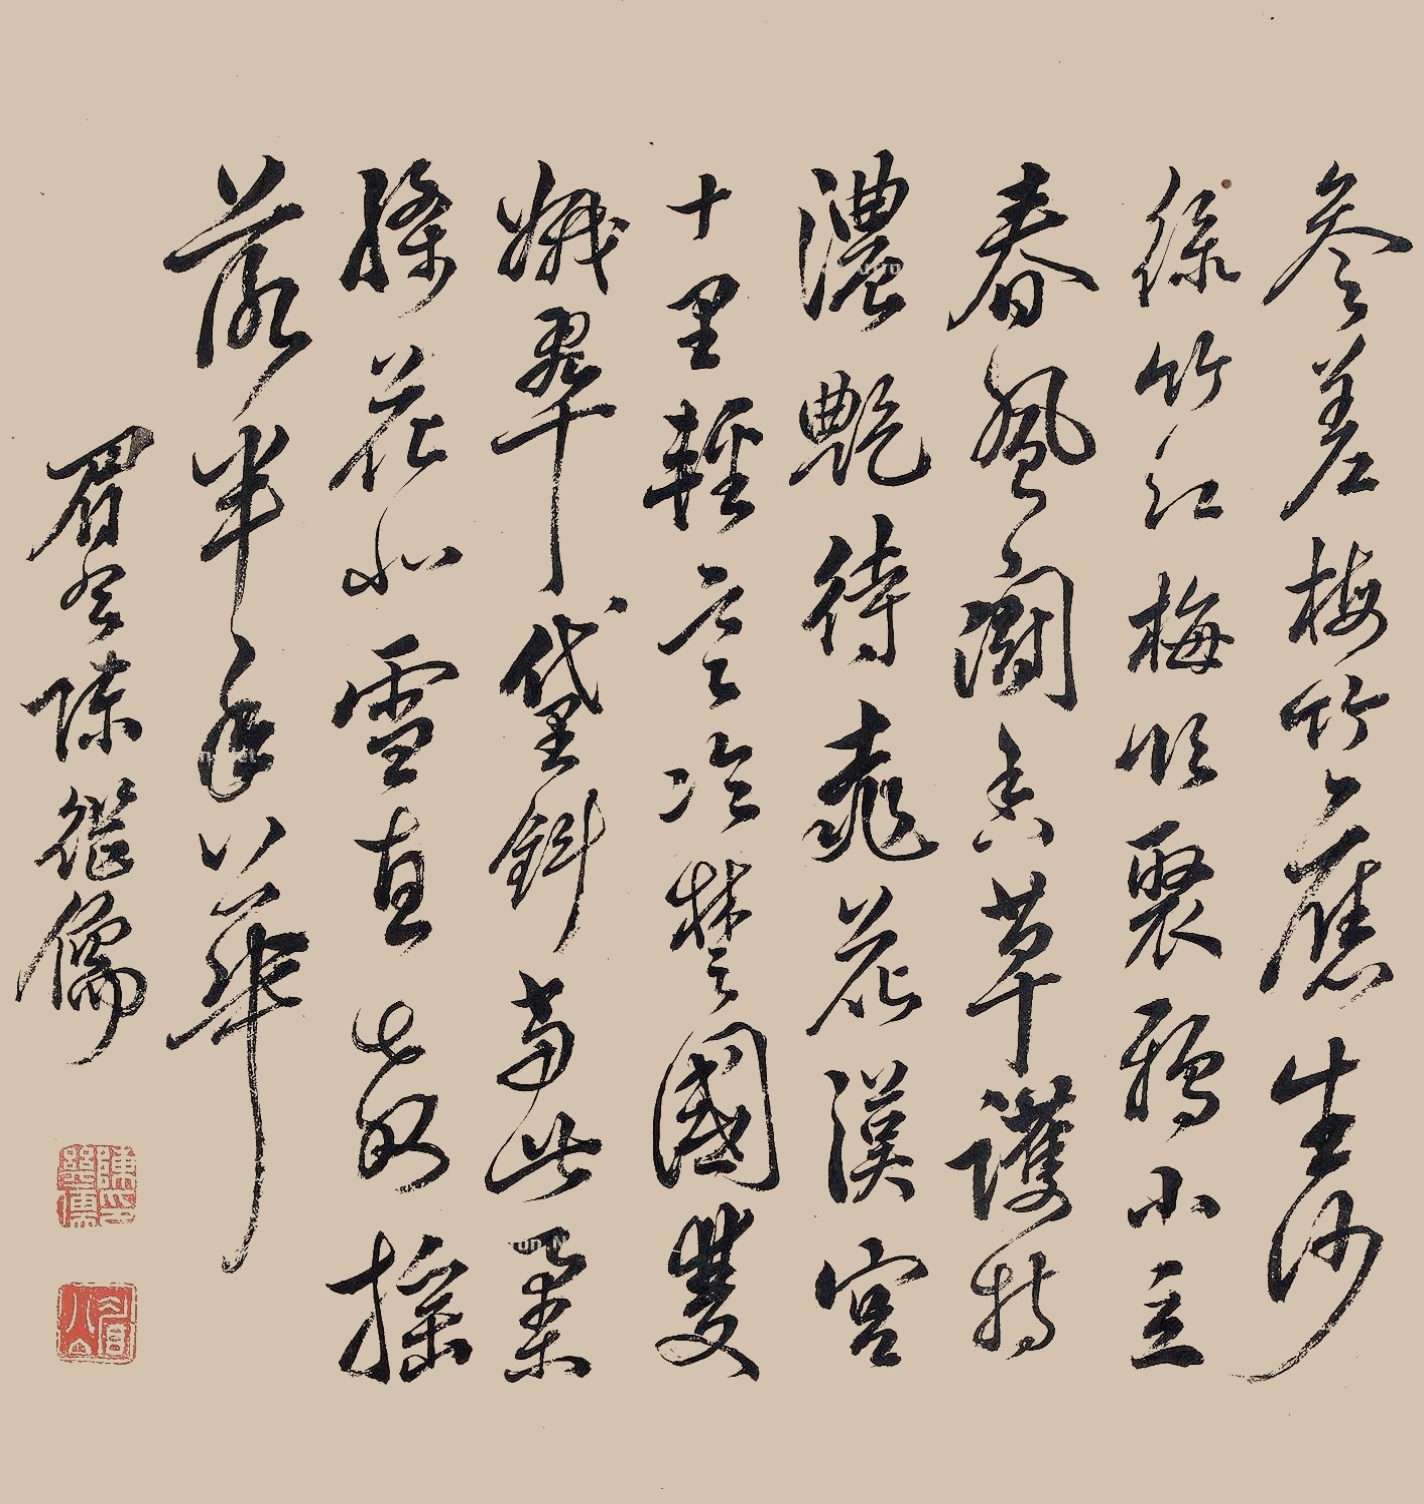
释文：参差梅竹应生沙，玉竹红梅临聚鸦，小立春风斗香草，护持秾艳待桃花，汉宫十里轻寒冷，楚国双蛾翠黛斜，当此柔条花似雪，直教摇落半年华。眉公陈继儒。